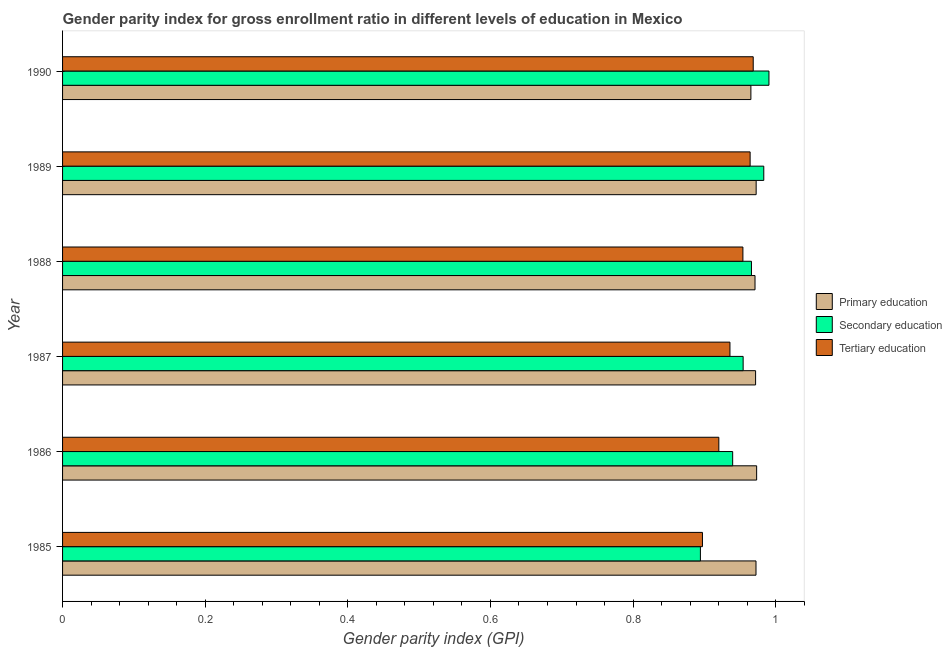
| Year | Primary education | Secondary education | Tertiary education |
 | --- | --- | --- | --- |
 | 1985 | 0.972 | 0.894 | 0.897 |
 | 1986 | 0.973 | 0.94 | 0.92 |
 | 1987 | 0.972 | 0.954 | 0.936 |
 | 1988 | 0.971 | 0.966 | 0.954 |
 | 1989 | 0.973 | 0.983 | 0.964 |
 | 1990 | 0.965 | 0.991 | 0.969 |